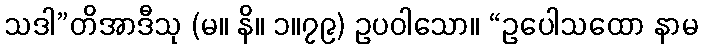
သဒါ”တိအာဒီသု (မ။ နိ။ ၁။၇၉) ဥပဝါသော။ “ဥပေါသထော နာမ